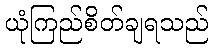
ယုံကြည်စိတ်ချရသည်